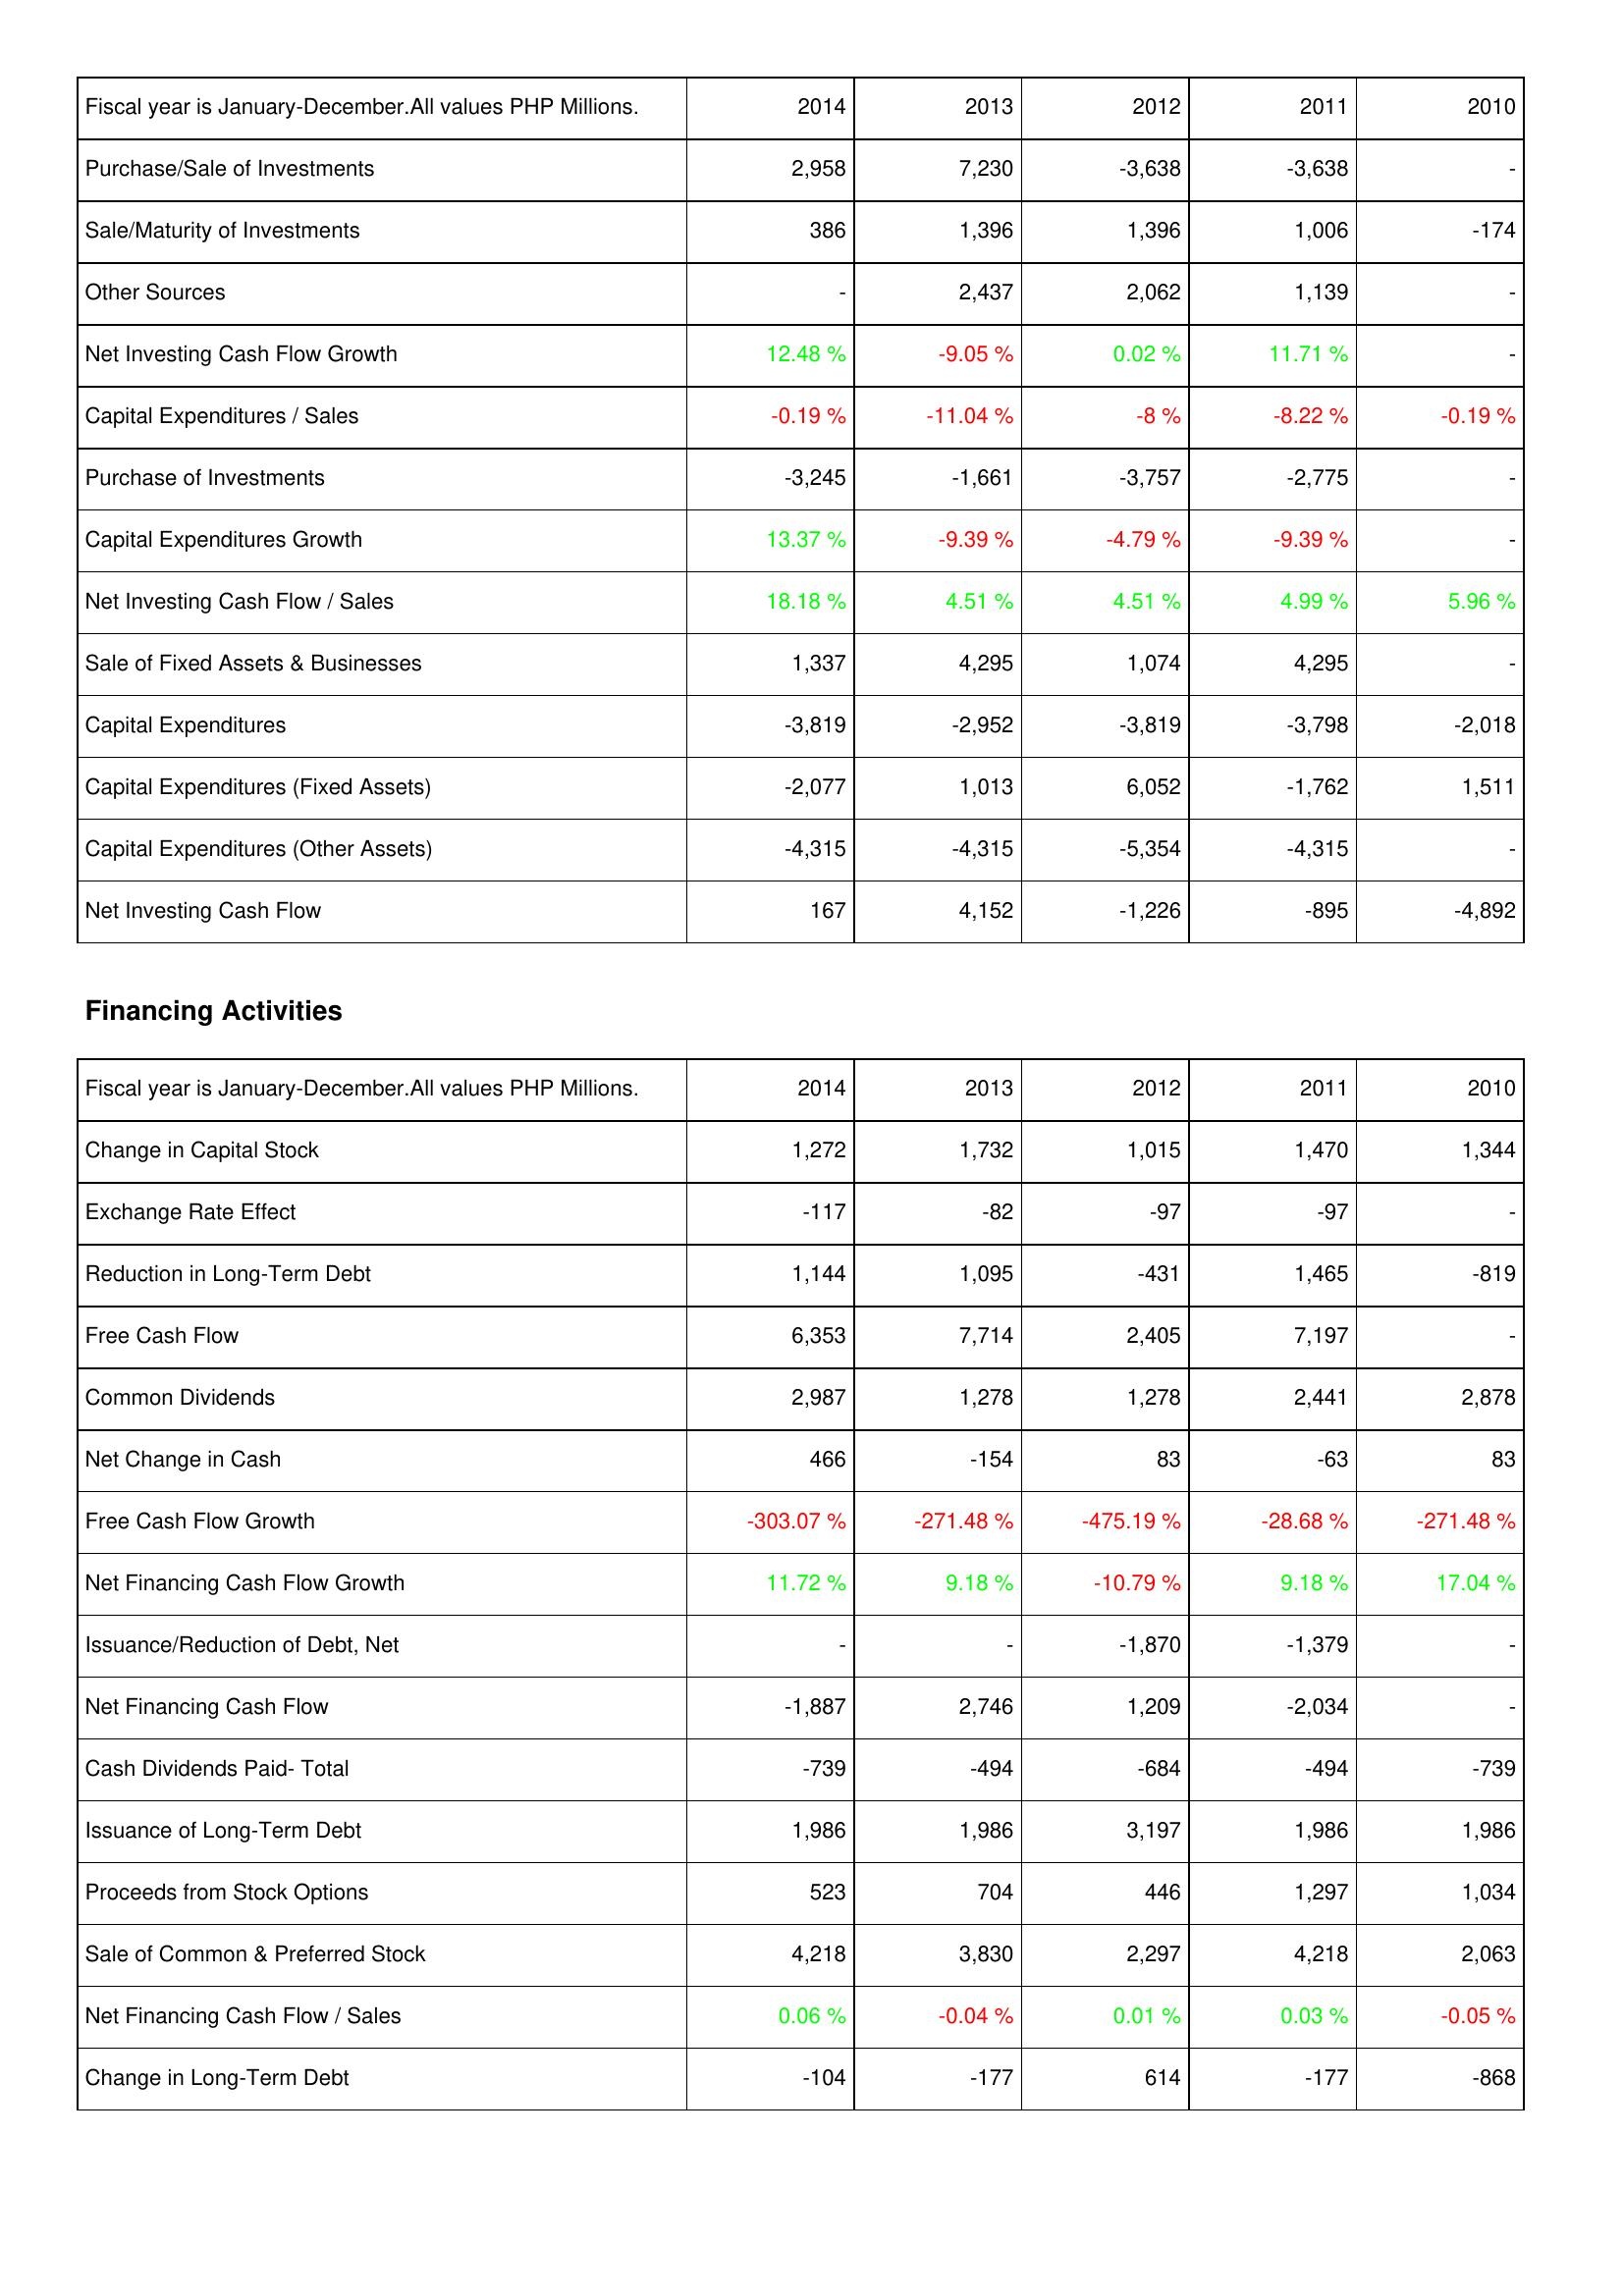
2014: Investing Activities: Purchase/Sale of Investments: 2,958
Sale/Maturity of Investments: 386
Other Sources: -
Net Investing Cash Flow Growth: 12.48 %
Capital Expenditures / Sales: -0.19 %
Purchase of Investments: -3,245
Capital Expenditures Growth: 13.37 %
Net Investing Cash Flow / Sales: 18.18 %
Sale of Fixed Assets & Businesses: 1,337
Capital Expenditures: -3,819
Capital Expenditures (Fixed Assets): -2,077
Capital Expenditures (Other Assets): -4,315
Net Investing Cash Flow: 167
Financing Activities: Change in Capital Stock: 1,272
Exchange Rate Effect: -117
Reduction in Long-Term Debt: 1,144
Free Cash Flow: 6,353
Common Dividends: 2,987
Net Change in Cash: 466
Free Cash Flow Growth: -303.07 %
Net Financing Cash Flow Growth: 11.72 %
Issuance/Reduction of Debt, Net: -
Net Financing Cash Flow: -1,887
Cash Dividends Paid- Total: -739
Issuance of Long-Term Debt: 1,986
Proceeds from Stock Options: 523
Sale of Common & Preferred Stock: 4,218
Net Financing Cash Flow / Sales: 0.06 %
Change in Long-Term Debt: -104
2013: Investing Activities: Purchase/Sale of Investments: 7,230
Sale/Maturity of Investments: 1,396
Other Sources: 2,437
Net Investing Cash Flow Growth: -9.05 %
Capital Expenditures / Sales: -11.04 %
Purchase of Investments: -1,661
Capital Expenditures Growth: -9.39 %
Net Investing Cash Flow / Sales: 4.51 %
Sale of Fixed Assets & Businesses: 4,295
Capital Expenditures: -2,952
Capital Expenditures (Fixed Assets): 1,013
Capital Expenditures (Other Assets): -4,315
Net Investing Cash Flow: 4,152
Financing Activities: Change in Capital Stock: 1,732
Exchange Rate Effect: -82
Reduction in Long-Term Debt: 1,095
Free Cash Flow: 7,714
Common Dividends: 1,278
Net Change in Cash: -154
Free Cash Flow Growth: -271.48 %
Net Financing Cash Flow Growth: 9.18 %
Issuance/Reduction of Debt, Net: -
Net Financing Cash Flow: 2,746
Cash Dividends Paid- Total: -494
Issuance of Long-Term Debt: 1,986
Proceeds from Stock Options: 704
Sale of Common & Preferred Stock: 3,830
Net Financing Cash Flow / Sales: -0.04 %
Change in Long-Term Debt: -177
2012: Investing Activities: Purchase/Sale of Investments: -3,638
Sale/Maturity of Investments: 1,396
Other Sources: 2,062
Net Investing Cash Flow Growth: 0.02 %
Capital Expenditures / Sales: -8 %
Purchase of Investments: -3,757
Capital Expenditures Growth: -4.79 %
Net Investing Cash Flow / Sales: 4.51 %
Sale of Fixed Assets & Businesses: 1,074
Capital Expenditures: -3,819
Capital Expenditures (Fixed Assets): 6,052
Capital Expenditures (Other Assets): -5,354
Net Investing Cash Flow: -1,226
Financing Activities: Change in Capital Stock: 1,015
Exchange Rate Effect: -97
Reduction in Long-Term Debt: -431
Free Cash Flow: 2,405
Common Dividends: 1,278
Net Change in Cash: 83
Free Cash Flow Growth: -475.19 %
Net Financing Cash Flow Growth: -10.79 %
Issuance/Reduction of Debt, Net: -1,870
Net Financing Cash Flow: 1,209
Cash Dividends Paid- Total: -684
Issuance of Long-Term Debt: 3,197
Proceeds from Stock Options: 446
Sale of Common & Preferred Stock: 2,297
Net Financing Cash Flow / Sales: 0.01 %
Change in Long-Term Debt: 614
2011: Investing Activities: Purchase/Sale of Investments: -3,638
Sale/Maturity of Investments: 1,006
Other Sources: 1,139
Net Investing Cash Flow Growth: 11.71 %
Capital Expenditures / Sales: -8.22 %
Purchase of Investments: -2,775
Capital Expenditures Growth: -9.39 %
Net Investing Cash Flow / Sales: 4.99 %
Sale of Fixed Assets & Businesses: 4,295
Capital Expenditures: -3,798
Capital Expenditures (Fixed Assets): -1,762
Capital Expenditures (Other Assets): -4,315
Net Investing Cash Flow: -895
Financing Activities: Change in Capital Stock: 1,470
Exchange Rate Effect: -97
Reduction in Long-Term Debt: 1,465
Free Cash Flow: 7,197
Common Dividends: 2,441
Net Change in Cash: -63
Free Cash Flow Growth: -28.68 %
Net Financing Cash Flow Growth: 9.18 %
Issuance/Reduction of Debt, Net: -1,379
Net Financing Cash Flow: -2,034
Cash Dividends Paid- Total: -494
Issuance of Long-Term Debt: 1,986
Proceeds from Stock Options: 1,297
Sale of Common & Preferred Stock: 4,218
Net Financing Cash Flow / Sales: 0.03 %
Change in Long-Term Debt: -177
2010: Investing Activities: Purchase/Sale of Investments: -
Sale/Maturity of Investments: -174
Other Sources: -
Net Investing Cash Flow Growth: -
Capital Expenditures / Sales: -0.19 %
Purchase of Investments: -
Capital Expenditures Growth: -
Net Investing Cash Flow / Sales: 5.96 %
Sale of Fixed Assets & Businesses: -
Capital Expenditures: -2,018
Capital Expenditures (Fixed Assets): 1,511
Capital Expenditures (Other Assets): -
Net Investing Cash Flow: -4,892
Financing Activities: Change in Capital Stock: 1,344
Exchange Rate Effect: -
Reduction in Long-Term Debt: -819
Free Cash Flow: -
Common Dividends: 2,878
Net Change in Cash: 83
Free Cash Flow Growth: -271.48 %
Net Financing Cash Flow Growth: 17.04 %
Issuance/Reduction of Debt, Net: -
Net Financing Cash Flow: -
Cash Dividends Paid- Total: -739
Issuance of Long-Term Debt: 1,986
Proceeds from Stock Options: 1,034
Sale of Common & Preferred Stock: 2,063
Net Financing Cash Flow / Sales: -0.05 %
Change in Long-Term Debt: -868